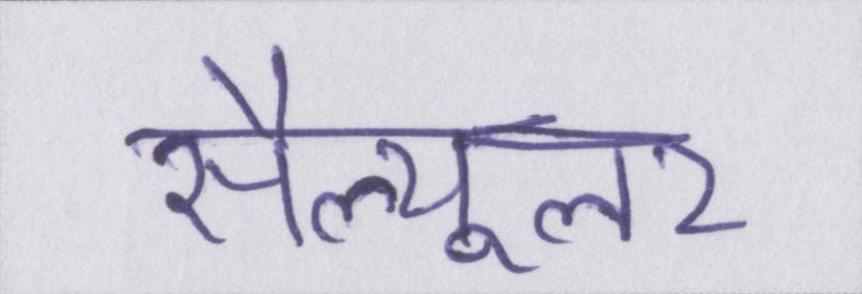
सैल्यूलर